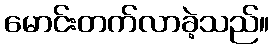
မောင်းတက်လာခဲ့သည်။